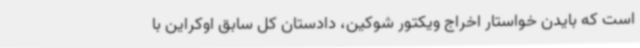
است که بایدن خواستار اخراج ویکتور شوکین، دادستان کل سابق اوکراین با